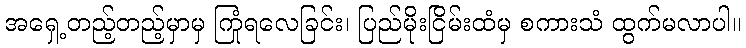
အရှေ့တည့်တည့်မှာမှ ကြုံရလေခြင်း၊ ပြည်မိုးငြိမ်းထံမှ စကားသံ ထွက်မလာပါ။